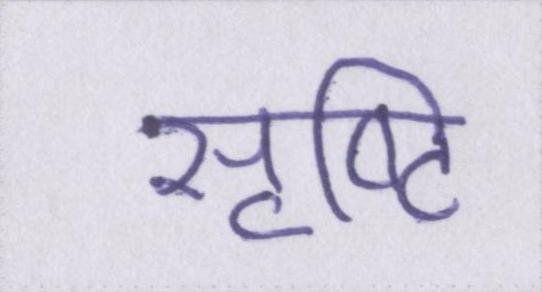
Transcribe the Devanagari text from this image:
सृष्टि